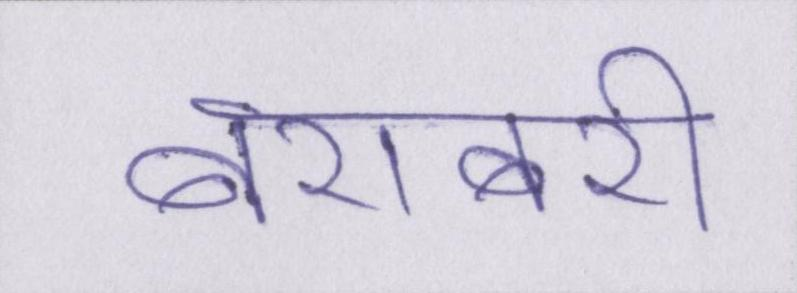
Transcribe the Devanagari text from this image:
बराबरी